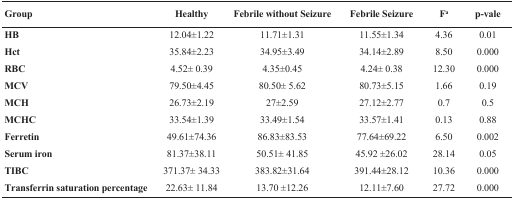
<table><thead><tr><td><b>Group</b></td><td><b>Healthy</b></td><td><b>Febrile without Seizure</b></td><td><b>Febrile Seizure</b></td><td><b>Fa</b></td><td><b>p-vale</b></td></tr></thead><tbody><tr><td>HB</td><td>12.04±1.22</td><td>11.71±1.31</td><td>11.55±1.34</td><td>4.36</td><td>0.01</td></tr><tr><td>Hct</td><td>35.84±2.23</td><td>34.95±3.49</td><td>34.14±2.89</td><td>8.5</td><td>0</td></tr><tr><td>RBC</td><td>4.52± 0.39</td><td>4.35±0.45</td><td>4.24± 0.38</td><td>12.3</td><td>0</td></tr><tr><td>MCV</td><td>79.50±4.45</td><td>80.50± 5.62</td><td>80.73±5.15</td><td>1.66</td><td>0.19</td></tr><tr><td>MCH</td><td>26.73±2.19</td><td>27±2.59</td><td>27.12±2.77</td><td>0.7</td><td>0.5</td></tr><tr><td>MCHC</td><td>33.54±1.39</td><td>33.49±1.54</td><td>33.57±1.41</td><td>0.13</td><td>0.88</td></tr><tr><td>Ferretin</td><td>49.61±74.36</td><td>86.83±83.53</td><td>77.64±69.22</td><td>6.5</td><td>0.002</td></tr><tr><td>Serum iron</td><td>81.37±38.11</td><td>50.51± 41.85</td><td>45.92 ±26.02</td><td>28.14</td><td>0.05</td></tr><tr><td>TIBC</td><td>371.37± 34.33</td><td>383.82±31.64</td><td>391.44±28.12</td><td>10.36</td><td>0</td></tr><tr><td>Transferrin saturation percentage</td><td>22.63± 11.84</td><td>13.70 ±12.26</td><td>12.11±7.60</td><td>27.72</td><td>0</td></tr></tbody></table>